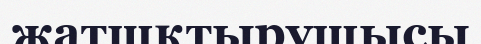
жатшқтырушысы